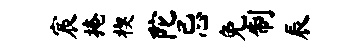
宸掩楔陀忌免制辰